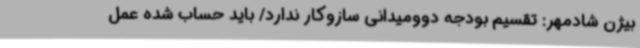
بیژن شادمهر: تقسیم بودجه دوومیدانی سازوکار ندارد/ باید حساب شده عمل